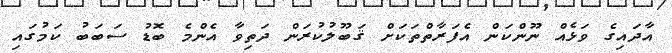
އާދައިގެ ވަޅެއް ނޫންކަން އެފަރާތްތަކަށް ޤަބޫލުކުރަން ދަތިވާ އެންމެ ބޮޑު ސަބަބު ކަމުގައި